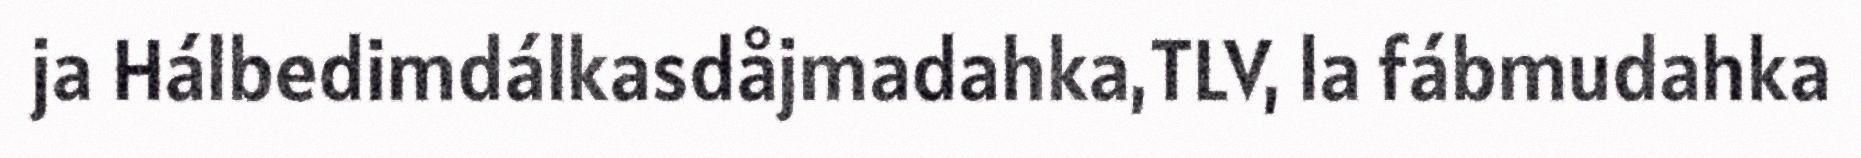
ja Hálbedimdálkasdåjmadahka,TLV, la fábmudahka